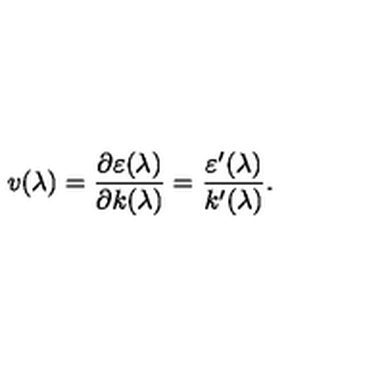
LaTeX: v ( \lambda ) = \frac { \partial \varepsilon ( \lambda ) } { \partial k ( \lambda ) } = \frac { \varepsilon ^ { \prime } ( \lambda ) } { k ^ { \prime } ( \lambda ) } .